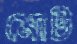
মোট